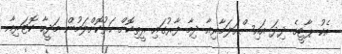
އެކު ޕާޓީގެ ދިދަ އައިސްއަލަމާރިއާ ދިމާ ފާރުގައި ރީތިކޮށް ހަރުކޮށްލަމުން މަދީހާ ކޮޓަރިއާ